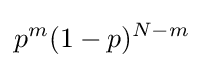
p^{m}(1-p)^{N-m}